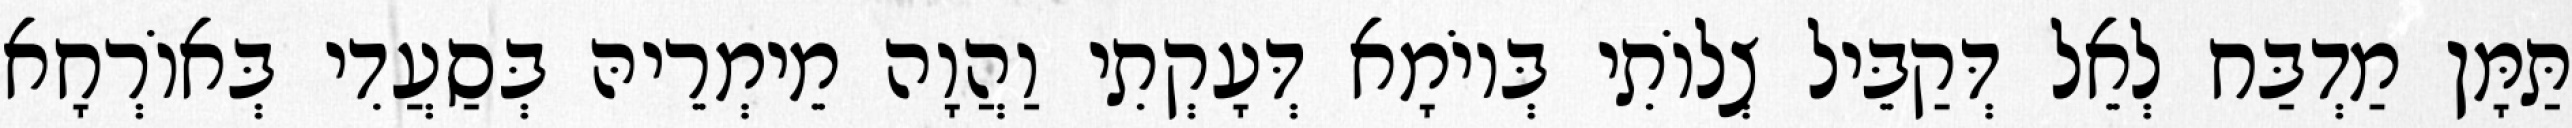
תַּמָּן מַדְבַּח לְאֵל דְּקַבֵּיל צְלוֹתִי בְּיוֹמָא דְּעָקְתִי וַהֲוָה מֵימְרֵיהּ בְּסַעֲדִי בְּאוֹרְחָא